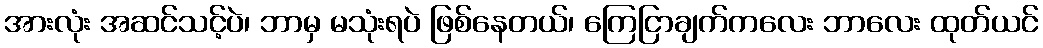
အားလုံး အဆင်သင့်ပဲ၊ ဘာမှ မသုံးရပဲ ဖြစ်နေတယ်၊ ကြေငြာချက်ကလေး ဘာလေး ထုတ်ယင်